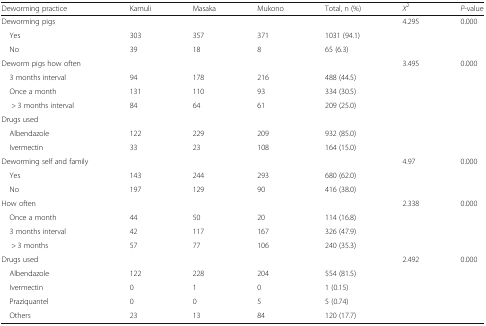
<table><thead><tr><td><b>Deworming practice</b></td><td><b>Kamuli</b></td><td><b>Masaka</b></td><td><b>Mukono</b></td><td><b>Total, n (%)</b></td><td><b><i>X</i><sup>2</sup></b></td><td><b><i>P</i>-value</b></td></tr></thead><tbody><tr><td>Deworming pigs</td><td></td><td></td><td></td><td></td><td>4.295</td><td>0.000</td></tr><tr><td> Yes</td><td>303</td><td>357</td><td>371</td><td>1031 (94.1)</td><td></td><td></td></tr><tr><td> No</td><td>39</td><td>18</td><td>8</td><td>65 (6.3)</td><td></td><td></td></tr><tr><td>Deworm pigs how often</td><td></td><td></td><td></td><td></td><td>3.495</td><td>0.000</td></tr><tr><td> 3 months interval</td><td>94</td><td>178</td><td>216</td><td>488 (44.5)</td><td></td><td></td></tr><tr><td> Once a month</td><td>131</td><td>110</td><td>93</td><td>334 (30.5)</td><td></td><td></td></tr><tr><td>&gt; 3 months interval</td><td>84</td><td>64</td><td>61</td><td>209 (25.0)</td><td></td><td></td></tr><tr><td>Drugs used</td><td></td><td></td><td></td><td></td><td></td><td></td></tr><tr><td> Albendazole</td><td>122</td><td>229</td><td>209</td><td>932 (85.0)</td><td></td><td></td></tr><tr><td> Ivermectin</td><td>33</td><td>23</td><td>108</td><td>164 (15.0)</td><td></td><td></td></tr><tr><td>Deworming self and family</td><td></td><td></td><td></td><td></td><td>4.97</td><td>0.000</td></tr><tr><td> Yes</td><td>143</td><td>244</td><td>293</td><td>680 (62.0)</td><td></td><td></td></tr><tr><td> No</td><td>197</td><td>129</td><td>90</td><td>416 (38.0)</td><td></td><td></td></tr><tr><td>How often</td><td></td><td></td><td></td><td></td><td>2.338</td><td>0.000</td></tr><tr><td> Once a month</td><td>44</td><td>50</td><td>20</td><td>114 (16.8)</td><td></td><td></td></tr><tr><td> 3 months interval</td><td>42</td><td>117</td><td>167</td><td>326 (47.9)</td><td></td><td></td></tr><tr><td>&gt; 3 months</td><td>57</td><td>77</td><td>106</td><td>240 (35.3)</td><td></td><td></td></tr><tr><td>Drugs used</td><td></td><td></td><td></td><td></td><td>2.492</td><td>0.000</td></tr><tr><td> Albendazole</td><td>122</td><td>228</td><td>204</td><td>554 (81.5)</td><td></td><td></td></tr><tr><td> Ivermectin</td><td>0</td><td>1</td><td>0</td><td>1 (0.15)</td><td></td><td></td></tr><tr><td> Praziquantel</td><td>0</td><td>0</td><td>5</td><td>5 (0.74)</td><td></td><td></td></tr><tr><td> Others</td><td>23</td><td>13</td><td>84</td><td>120 (17.7)</td><td></td><td></td></tr></tbody></table>